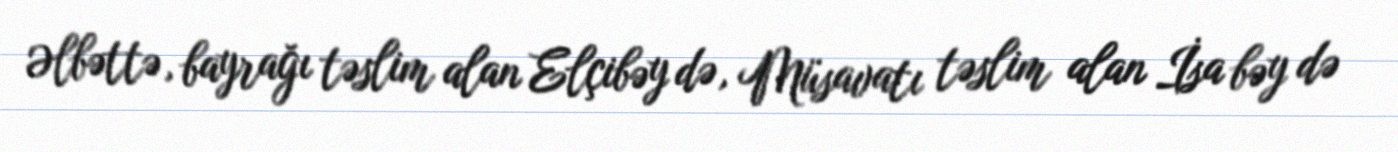
Əlbəttə, bayrağı təslim alan Elçibəy də, Müsavatı təslim alan İsa bəy də